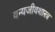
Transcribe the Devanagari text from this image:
वन्यजीवशास्त्र